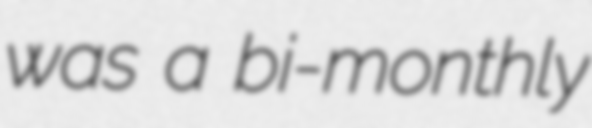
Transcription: was a bi-monthly